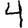
Digit: 4